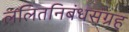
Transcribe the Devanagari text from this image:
ललितनिबंधसंग्रह